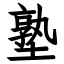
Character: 塾